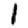
Digit: 1